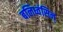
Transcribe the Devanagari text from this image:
बलिध्वंसिन्